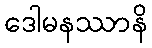
ဒေါမနဿာနိ